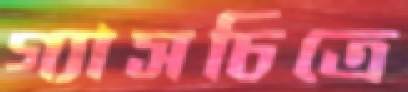
গ্যাসচিত্রে